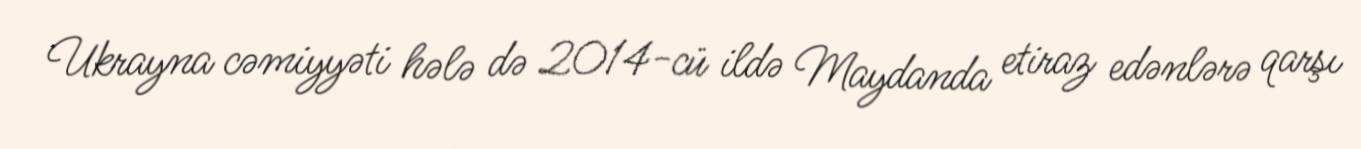
Ukrayna cəmiyyəti hələ də 2014-cü ildə Maydanda etiraz edənlərə qarşı